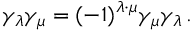
\gamma _ { \lambda } \gamma _ { \mu } = ( - 1 ) ^ { \lambda \cdot \mu } \gamma _ { \mu } \gamma _ { \lambda } \, .